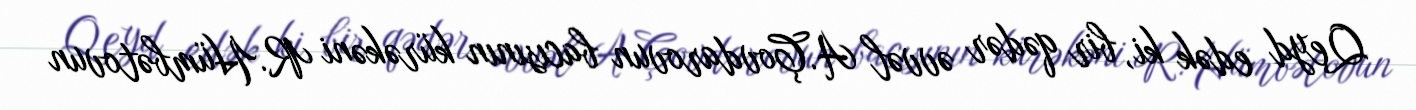
Qeyd edək ki, bir qədər əvvəl A.Çovdarovun bacısının kürəkəni R.Hümbətovun